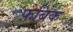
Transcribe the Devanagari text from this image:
फ़ेब्रिक